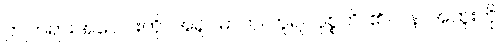
ဤတရားအပေါင်းကို။ အရူပဓာတု၊ ဟူ၍။ ဝုစ္စတိ၊ ၏။ ပန၊ အထူးကို